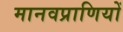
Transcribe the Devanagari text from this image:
मानवप्राणियों